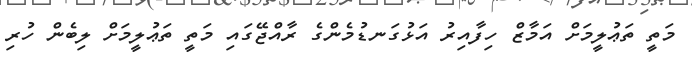
މަތީ ތަޢުލީމަށް އަމާޒް ހިފާއިރު އަޅުގަނޑުމެންގެ ރާއްޖޭގައި މަތީ ތަޢުލީމަށް ލިބެން ހުރި